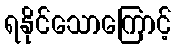
ရနိုင်သောကြောင့်